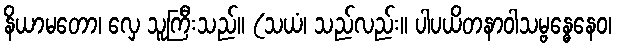
နိယာမတော၊ လှေ သူကြီးသည်။ (သယံ၊ သည်လည်း။ ပါပယိတနာဝါသမ္ဗန္ဓေနေဝ၊